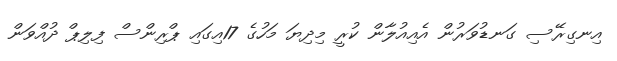
އިނގިރޭސި ގަނޑުވަރުން އެއިއުލާން ކުރީ މިދިޔަ މަހުގެ 17އިގައި ޕްރިންސް ފިލިޕް ދުއްވަން